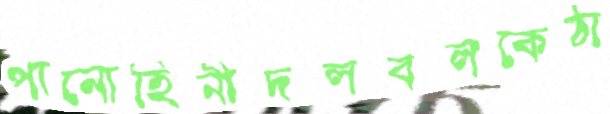
পানোহিনীদলবলকেঠা